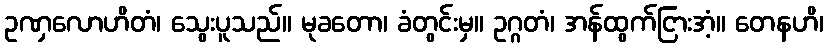
ဥဏှလောဟိတံ၊ သွေးပူသည်။ မုခတော၊ ခံတွင်းမှ။ ဥဂ္ဂတံ၊ အန်ထွက်ငြားအံ့။ တေနဟိ၊